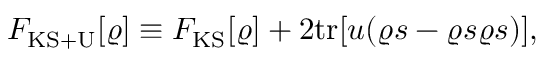
\begin{array} { l } { F _ { \mathrm { K S + U } } [ \varrho ] \equiv F _ { \mathrm { K S } } [ \varrho ] + 2 \mathrm { t r } [ u ( \varrho s - \varrho s \varrho s ) ] , } \end{array}